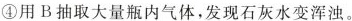
④用B抽取大量瓶内气体，发现石灰水变浑浊。